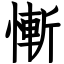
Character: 慚